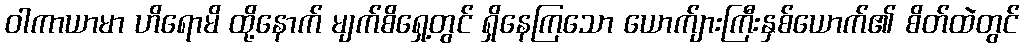
ဝါကာယာမာ ဟိရောမိ ထို့နောက် မျက်စိရှေ့တွင် ရှိနေကြသော ယောက်ျားကြီးနှစ်ယောက်၏ စိတ်ထဲတွင်